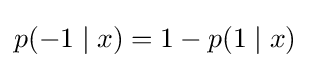
p(-1\mid x)=1-p(1\mid x)